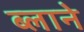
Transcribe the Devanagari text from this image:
ब्लाने